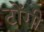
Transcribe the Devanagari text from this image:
टोंगी